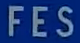
FES